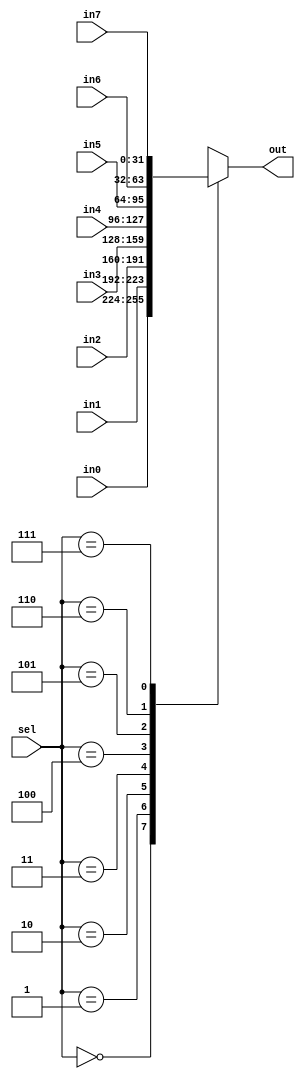
module mux_8_to_1 #(
    parameter WIDTH = 32
) (
    input   wire [2:0]          sel,
    input   wire [WIDTH-1: 0]   in0,
    input   wire [WIDTH-1: 0]   in1,
    input   wire [WIDTH-1: 0]   in2,
    input   wire [WIDTH-1: 0]   in3,
    input   wire [WIDTH-1: 0]   in4,
    input   wire [WIDTH-1: 0]   in5,
    input   wire [WIDTH-1: 0]   in6,
    input   wire [WIDTH-1: 0]   in7,
    output  reg  [WIDTH-1: 0 ]  out
);
    
    always @(*) begin
        case (sel)
            3'b000: out = in0; 
            3'b001: out = in1; 
            3'b010: out = in2; 
            3'b011: out = in3; 
            3'b100: out = in4; 
            3'b101: out = in5; 
            3'b110: out = in6; 
            3'b111: out = in7; 
        endcase
    end
endmodule